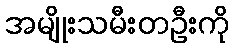
အမျိုးသမီးတဦးကို